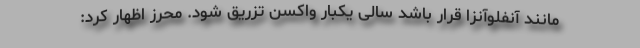
مانند آنفلوآنزا قرار باشد سالی یکبار واکسن تزریق شود. محرز اظهار کرد: